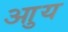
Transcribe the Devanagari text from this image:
आुय